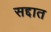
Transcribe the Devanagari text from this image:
सद्दात